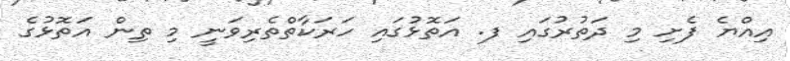
އިއްޔެ ފެށި މި ދަތުރުގައި ފ. އަތޮޅުގައި ހަރަކާތްތެރިވަނީ މި ތިން އަތޮޅުގެ